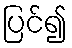
ပြင်၍